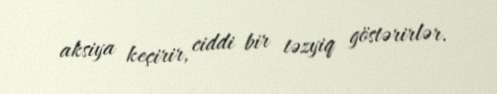
aksiya keçirir, ciddi bir təzyiq göstərirlər.